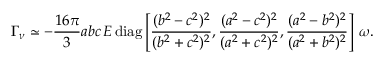
\boldsymbol { \Gamma } _ { \nu } \simeq - \frac { 1 6 \pi } { 3 } a b c \, E \, \mathrm { d i a g } \left[ \frac { ( b ^ { 2 } - c ^ { 2 } ) ^ { 2 } } { ( b ^ { 2 } + c ^ { 2 } ) ^ { 2 } } , \frac { ( a ^ { 2 } - c ^ { 2 } ) ^ { 2 } } { ( a ^ { 2 } + c ^ { 2 } ) ^ { 2 } } , \frac { ( a ^ { 2 } - b ^ { 2 } ) ^ { 2 } } { ( a ^ { 2 } + b ^ { 2 } ) ^ { 2 } } \right] \, \boldsymbol { \omega } .